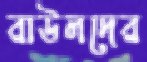
রাউলদের